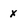
Character: x